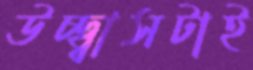
উচ্ছ্বাসটাই